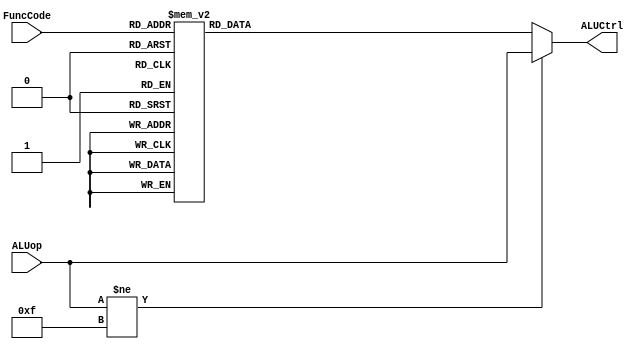
`timescale 1ns / 1ps
// Module Name: ALUControl
// Define R-Type Inst. function codes
`define SLLFunc 6'b000000
`define SRLFunc 6'b000010
`define SRAFunc 6'b000011
`define ADDFunc 6'b100000
`define ADDUFunc 6'b100001
`define SUBFunc 6'b100010
`define SUBUFunc 6'b100011
`define ANDFunc 6'b100100
`define ORFunc 6'b100101
`define XORFunc 6'b100110
`define NORFunc 6'b100111
`define SLTFunc 6'b101010
`define SLTUFunc 6'b101011
`define JRFunc 6'b001000
// Define ALU operation codes
`define AND 4'b0000
`define OR 4'b0001
`define ADD 4'b0010
`define SLL 4'b0011
`define SRL 4'b0100
`define SUB 4'b0110
`define SLT 4'b0111
`define ADDU 4'b1000
`define SUBU 4'b1001
`define XOR 4'b1010
`define SLTU 4'b1011
`define NOR 4'b1100
`define SRA 4'b1101
`define LUI 4'b1110
module ALUControl(ALUCtrl, ALUop, FuncCode);
// Define the inputs and the outputs
input [3:0] ALUop;
input [5:0] FuncCode;
output reg [3:0] ALUCtrl;
always@(*)
begin
// if ALUop != 1111
if (ALUop != 4'b1111)
ALUCtrl = ALUop;
else
case (FuncCode)
// case statment to check FuncCode
`JRFunc: ALUCtrl = `ADD;
`SLLFunc: ALUCtrl = `SLL;
`SRLFunc: ALUCtrl = `SRL;
`SRAFunc: ALUCtrl = `SRA;
`ADDFunc: ALUCtrl = `ADD;
`ADDUFunc: ALUCtrl = `ADDU;
`SUBFunc: ALUCtrl = `SUB;
`SUBUFunc: ALUCtrl = `SUBU;
`ANDFunc: ALUCtrl = `AND;
`ORFunc: ALUCtrl = `OR;
`XORFunc: ALUCtrl = `XOR;
`NORFunc: ALUCtrl = `NOR;
`SLTFunc: ALUCtrl = `SLT;
`SLTUFunc: ALUCtrl = `SLTU;
default: ALUCtrl = 0;
endcase
end
endmodule